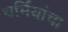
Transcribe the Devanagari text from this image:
धर्मियांचा